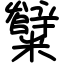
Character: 糱